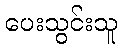
ပေးသွင်းသူ